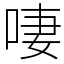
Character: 啛